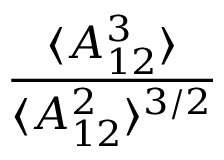
\frac { \langle A _ { 1 2 } ^ { 3 } \rangle } { \langle A _ { 1 2 } ^ { 2 } \rangle ^ { 3 / 2 } }